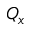
Q _ { x }